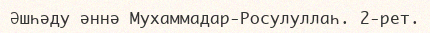
Әшһәду әннә Мухаммадар-Росулуллаһ. 2-рет.